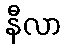
နီလာ